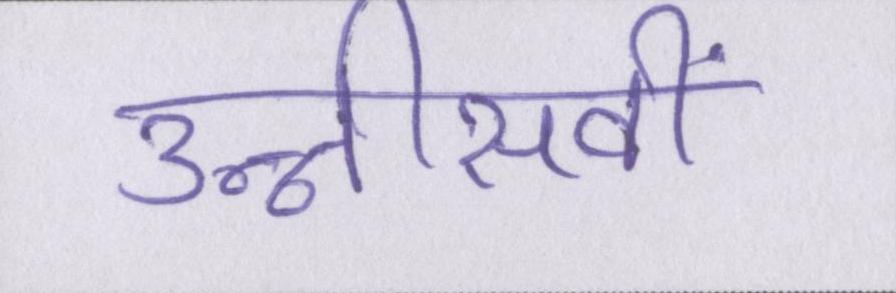
उन्नीसवीं